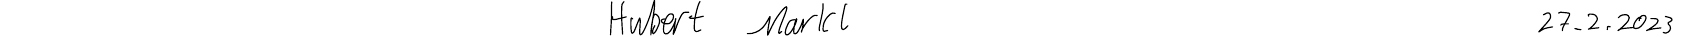
Hubert Markl    27.2.2023